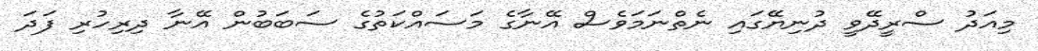
މިއަދު ސްރީދޭވީ ދުނިޔޭގައި ނެތްނަމަވެސް އޭނާގެ މަސައްކަތުގެ ސަބަބުން އޭނާ ދިރިހުރި ފަދަ